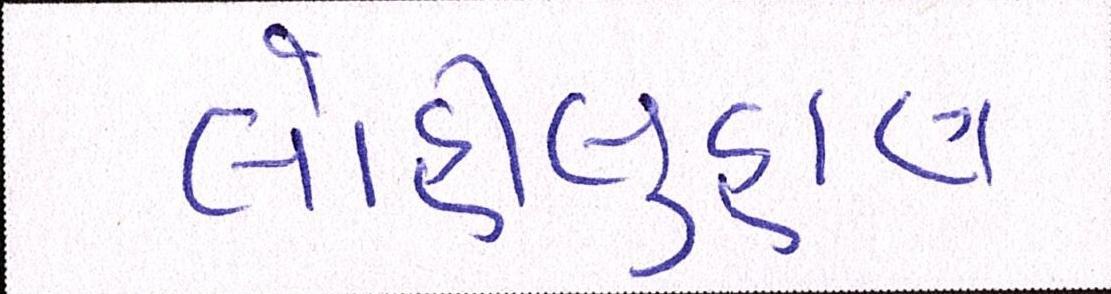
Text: લોહીલુહાણ